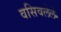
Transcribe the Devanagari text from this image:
वसिवलेले